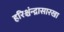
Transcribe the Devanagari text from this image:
हरिश्चंन्द्रासारखा